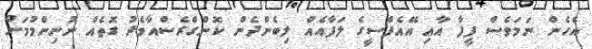
އެހެން ނަމަވެސް ފީފާ އާއި އޭއެފްސީގެ ލަފާއެއް ލިބެންދެން ކޮންގްރެސްއާމެދު ގޮތެއް ނުނިންމުމަށް